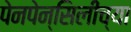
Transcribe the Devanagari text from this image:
पेनपेन्सिलीच्या